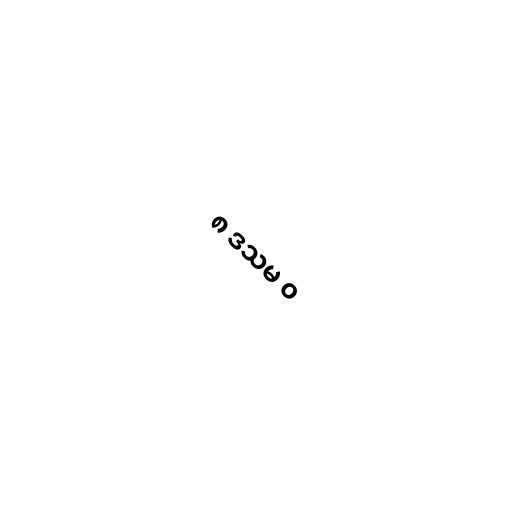
၈ ဒသမ ၀